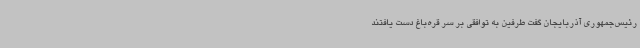
رئیس‌جمهوری آذربایجان گفت طرفین به توافقی بر سر قره‌باغ دست یافتند